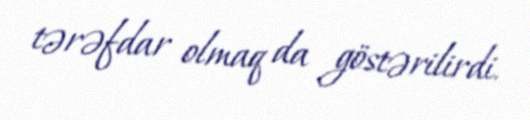
tərəfdar olmaq da göstərilirdi.